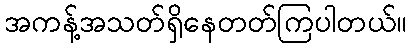
အကန့်အသတ်ရှိနေတတ်ကြပါတယ်။